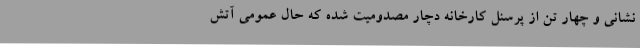
نشانی و چهار تن از پرسنل کارخانه دچار مصدومیت شده که حال عمومی آتش